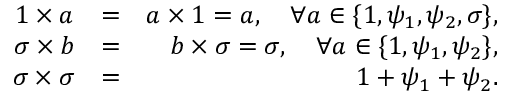
\begin{array} { r l r } { 1 \times a } & { = } & { a \times 1 = a , \quad \forall a \in \{ 1 , \psi _ { 1 } , \psi _ { 2 } , \sigma \} , } \\ { \sigma \times b } & { = } & { b \times \sigma = \sigma , \quad \forall a \in \{ 1 , \psi _ { 1 } , \psi _ { 2 } \} , } \\ { \sigma \times \sigma } & { = } & { 1 + \psi _ { 1 } + \psi _ { 2 } . } \end{array}